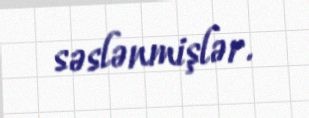
səslənmişlər.